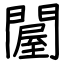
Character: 𨵱